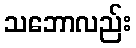
သဘောလည်း